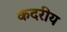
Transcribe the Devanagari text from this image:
कंदरीय